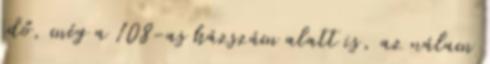
idő, még a 108-as házszám alatt is, az nálam